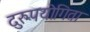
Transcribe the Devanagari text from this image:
दुरुपयोगिता